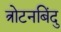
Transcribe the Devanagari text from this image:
त्रोटनबिंदु